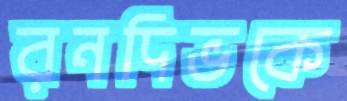
রনদিভকে